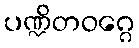
ပဏ္ဍိတဝဂ္ဂေ